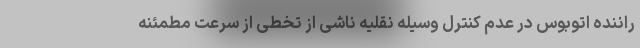
راننده اتوبوس در عدم کنترل وسیله نقلیه ناشی از تخطی از سرعت مطمئنه